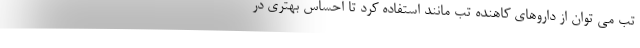
تب می توان از داروهای کاهنده تب مانند استفاده کرد تا احساس بهتری در